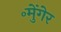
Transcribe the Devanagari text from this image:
॰मुेंगेर